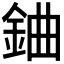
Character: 𨦈